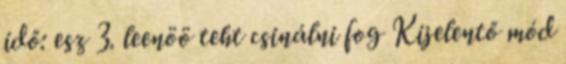
idő: esz 3. leenöö teht csinálni fog Kijelentő mód